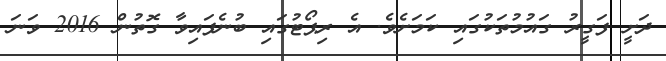
ދަށީ ފަގީރު ގައުމުތަކުގައި ކަމަށެވެ. އެ ރިޕޯޓުގައި ބުނެފައިވާ ގޮތުން 2016 ވަނަ